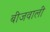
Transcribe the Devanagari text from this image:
बीजवाली